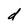
Character: d